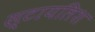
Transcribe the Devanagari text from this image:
स्टायलिश